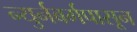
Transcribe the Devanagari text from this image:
न्युर्नबर्गपासून